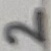
Text: 2